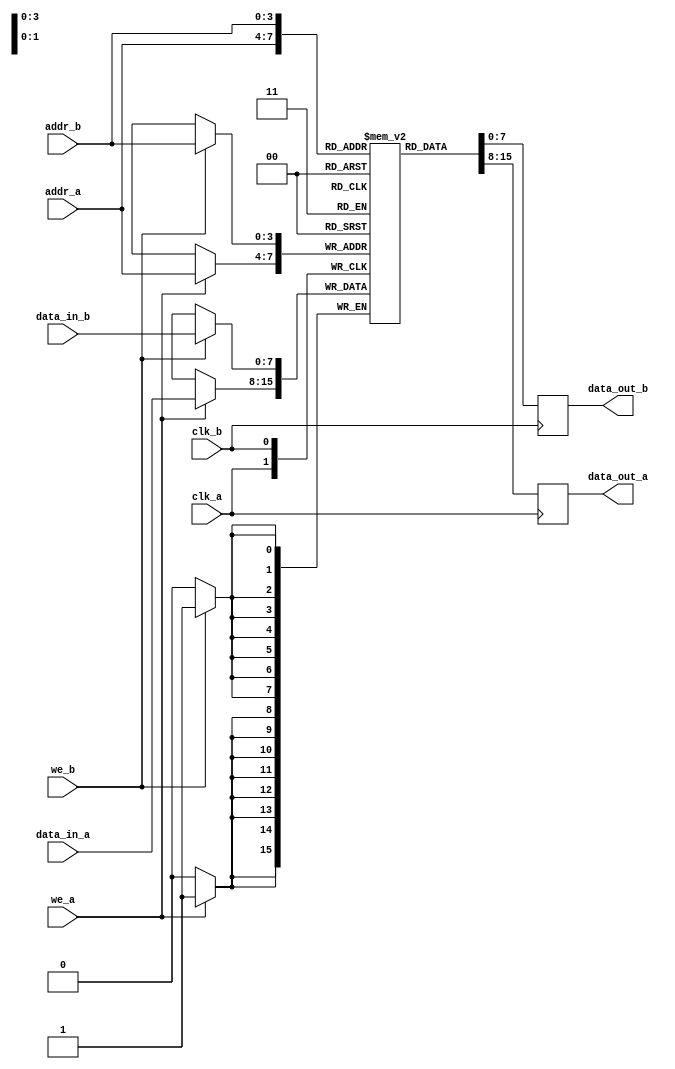
module dual_port_ram #(
    parameter DATA_WIDTH = 8,   // Number of bits for each data word
    parameter ADDR_WIDTH = 4    // Number of bits for addressing memory locations
)(
    input wire clk_a,           // Clock signal for Port A
    input wire we_a,            // Write enable for Port A
    input wire [ADDR_WIDTH-1:0] addr_a, // Address input for Port A
    input wire [DATA_WIDTH-1:0] data_in_a, // Data input for Port A
    output reg [DATA_WIDTH-1:0] data_out_a, // Data output for Port A

    input wire clk_b,           // Clock signal for Port B
    input wire we_b,            // Write enable for Port B
    input wire [ADDR_WIDTH-1:0] addr_b, // Address input for Port B
    input wire [DATA_WIDTH-1:0] data_in_b, // Data input for Port B
    output reg [DATA_WIDTH-1:0] data_out_b  // Data output for Port B
);

    // Memory array declaration
    reg [DATA_WIDTH-1:0] ram [(2**ADDR_WIDTH)-1:0];

    // Port A operations
    always @(posedge clk_a) begin
        if (we_a) begin
            // Write operation for Port A
            ram[addr_a] <= data_in_a;
        end
        // Read operation for Port A
        data_out_a <= ram[addr_a];
    end

    // Port B operations
    always @(posedge clk_b) begin
        if (we_b) begin
            // Write operation for Port B
            ram[addr_b] <= data_in_b;
        end
        // Read operation for Port B
        data_out_b <= ram[addr_b];
    end

endmodule